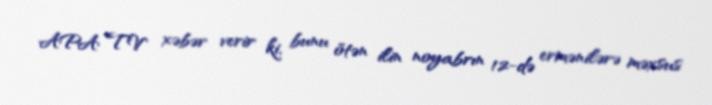
APA TV xəbər verir ki, bunu ötən ilin noyabrın 12-də ermənilərə məxsus